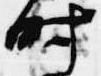
時